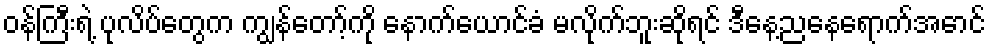
ဝန်ကြီးရဲ့ ပုလိပ်တွေက ကျွန်တော့်ကို နောက်ယောင်ခံ မလိုက်ဘူးဆိုရင် ဒီနေ့ညနေရောက်အောင်